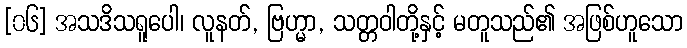
[၀၆] အသဒိသရူပေါ၊ လူနတ်, ဗြဟ္မာ, သတ္တဝါတို့နှင့် မတူသည်၏ အဖြစ်ဟူသော